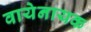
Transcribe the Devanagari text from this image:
वायेनायक